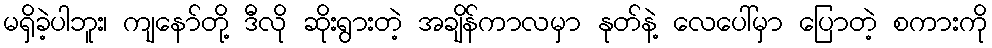
မရှိခဲ့ပါဘူး၊ ကျနော်တို့ ဒီလို ဆိုးရွားတဲ့ အချိန်ကာလမှာ နုတ်နဲ့ လေပေါ်မှာ ပြောတဲ့ စကားကို